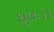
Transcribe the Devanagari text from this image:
ध्रुवः।।